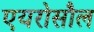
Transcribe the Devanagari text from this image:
एयरोसौल